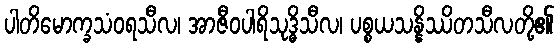
ပါတိမောက္ခသံဝရသီလ၊ အာဇီဝပါရိသုဒ္ဓိသီလ၊ ပစ္စယသန္နိဿိတသီလတို့၏